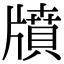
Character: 𤗸